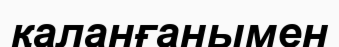
қаланғанымен